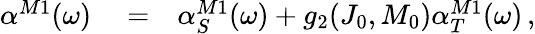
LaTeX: \begin{array}{rlr}{\alpha^{M1}(\omega)}&{{}=}&{\alpha_{S}^{M1}(\omega)+g_{2}(J_{0},M_{0})\alpha_{T}^{M1}(\omega)\, ,}\end{array}